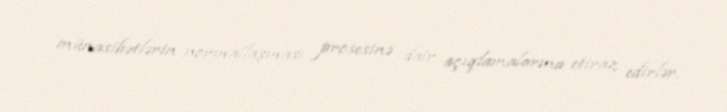
münasibətlərin normallaşması prosesinə dair açıqlamalarına etiraz edirlər.